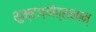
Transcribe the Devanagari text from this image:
शुभ्रज्योत्सनाम्